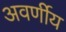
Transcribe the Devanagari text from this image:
अवर्णीय